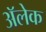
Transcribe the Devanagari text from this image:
अॅलेक